Document type: Grant of rights
Year: 1280
Scribe: Pere Marc
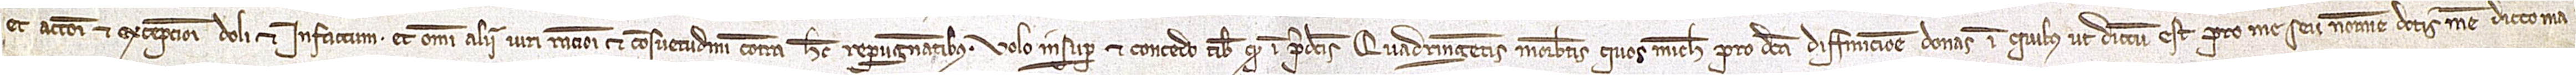
et actioni et exceptioni doli, et infactum, et omni alii iui, rationi et consuetudini contra hec repugnantibus. Volo insuper et concedo tibi quod in predictis quadringentis morabatinis quos michi pro dicta diffinicione donas in quibus, ut dictum est, pro me seu nomine dotis mee, dicto ma-